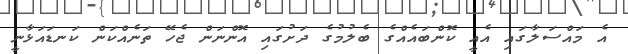
އެ މައްސަލާގައި އެއީ ކޮންބައެއްގެ ބެލުމުގެ ދަށުގައި އޮންނަން ޖެހޭ ތަނެއްކަން ކަނޑައަޅާނީ